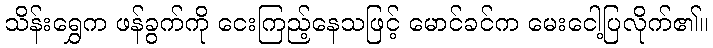
သိန်းရွှေက ဖန်ခွက်ကို ငေးကြည့်နေသဖြင့် မောင်ခင်က မေးငေါ့ပြလိုက်၏။